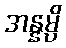
အန္နမ္ပိ